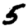
Digit: 5